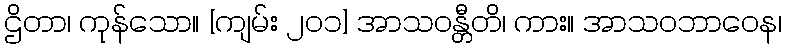
ဌိတာ၊ ကုန်သော။ [ကျမ်း ၂၀၁] အာသဝန္တီတိ၊ ကား။ အာသဝဘာဝေန၊